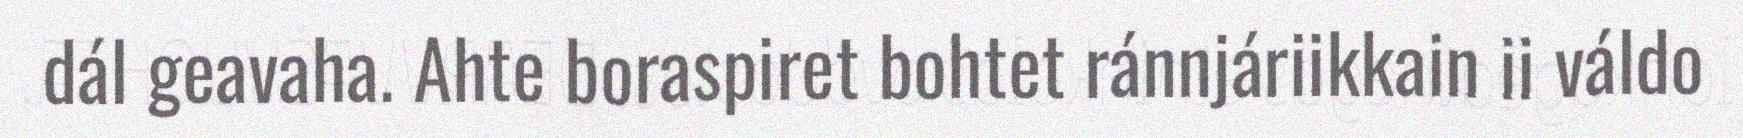
dál geavaha. Ahte boraspiret bohtet ránnjáriikkain ii váldo